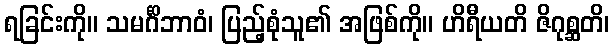
ရခြင်းကို။ သမင်္ဂိဘာဝံ၊ ပြည့်စုံသူ၏ အဖြစ်ကို။ ဟိရီယတိ ဇိဂုစ္ဆတိ၊